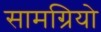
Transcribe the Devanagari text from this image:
सामग्रियो